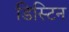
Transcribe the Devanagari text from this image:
डिस्टिन